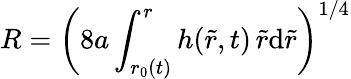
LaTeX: R=\left(8a\int_{r_{0}(t)}^{r}h(\tilde{r},t)\, \tilde{r}\mathrm{d}\tilde{r}\right)^{1/4}